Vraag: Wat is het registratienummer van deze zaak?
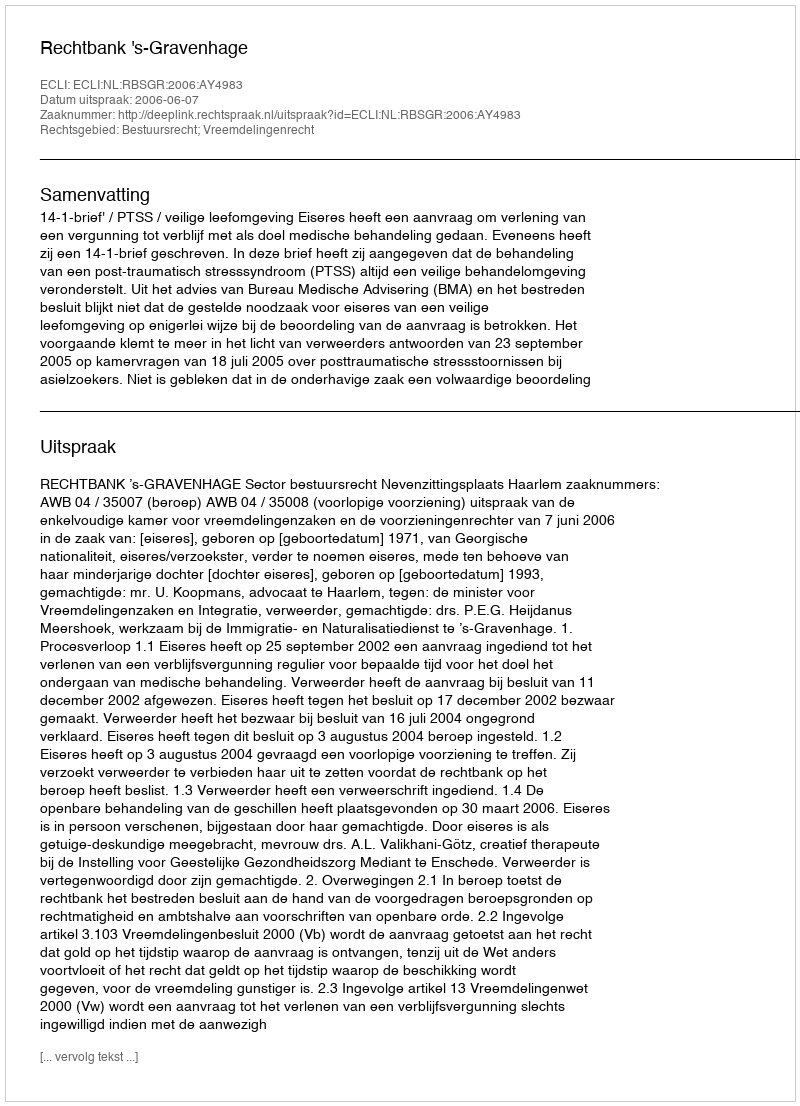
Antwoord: http://deeplink.rechtspraak.nl/uitspraak?id=ECLI:NL:RBSGR:2006:AY4983